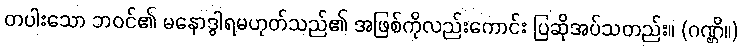
တပါးသော ဘဝင်၏ မနောဒွါရမဟုတ်သည်၏ အဖြစ်ကိုလည်းကောင်း ပြဆိုအပ်သတည်း။ (ဂဏ္ဌိ။)